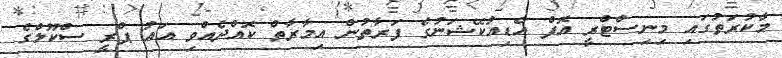
މާކުރަތުގައި މިނިސްޓްރީ އޮފް އެޑިއުކޭޝަނުގެ ފަރާތުން އިމާރާތް ކޮއްދެއްވި އައު ޕްރީ ސްކޫލްގެ